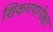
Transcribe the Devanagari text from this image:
शिकण्यापेक्षा